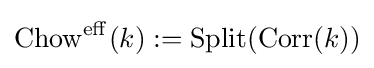
\operatorname {Chow} ^{\operatorname {eff} }(k):=\operatorname {Split} (\operatorname {Corr} (k))